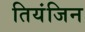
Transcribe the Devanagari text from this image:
तियंजिन